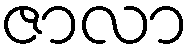
ဇာလာ